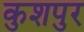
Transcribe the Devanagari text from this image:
कुशपुर